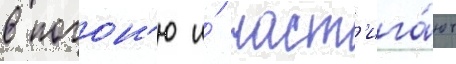
в погон'ю и́ наст'ига́ют